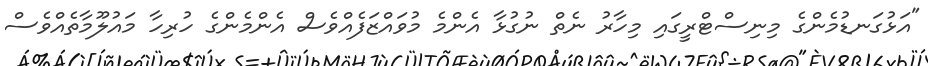
"އަޅުގަނޑުމެންގެ މިނިސްޓްރީގައި މިހާރު ނެތް ނުގުޅާ އެންމެ މުވައްޒަފެއްވެސް އެންމެންގެ ހުރިހާ މައުލޫމާތެއްވެސް